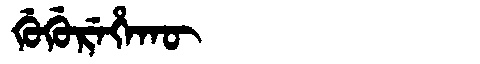
Manchu: ᡤᡠᡤᡠᡵᡝᡥᠠᡴᡡ
Romanization: GUGUREHAKŪ